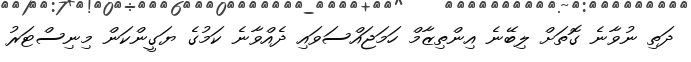
ދަތި ނުވާނެ ގޮތަށް ލިބޭނެ އިންތިޒާމް ހަމަޖައްސަވައި ދެއްވާނެ ކަމުގެ ޔަގީންކަން މިނިސްޓަރު